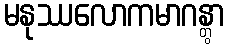
မနုဿလောကမာဂန္တွာ